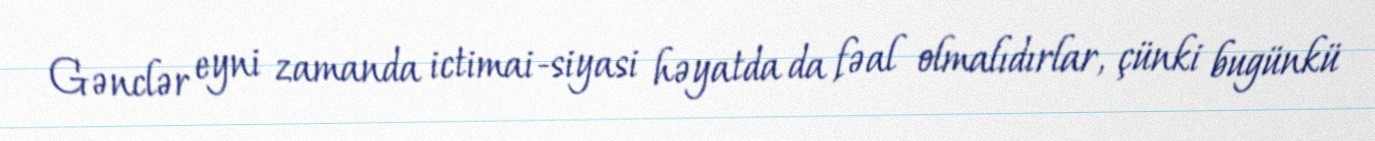
Gənclər eyni zamanda ictimai-siyasi həyatda da fəal olmalıdırlar, çünki bugünkü